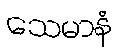
သေမာနံ